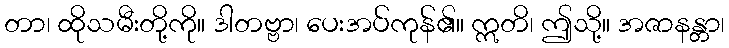
တာ၊ ထိုသမီးတို့ကို။ ဒါတဗ္ဗာ၊ ပေးအပ်ကုန်၏။ ဣတိ၊ ဤသို့။ အဇာနန္တာ၊